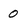
Character: 0